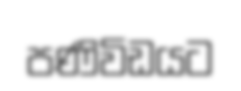
පණිවිඩයට